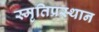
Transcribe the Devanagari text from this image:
स्मृतिप्रस्थान